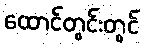
ထောင်တွင်းတွင်